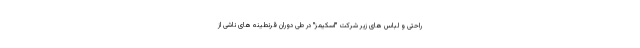
راحتی و لباس های زیر شرکت "اسکیمز" در طی دوران قرنطینه های ناشی از